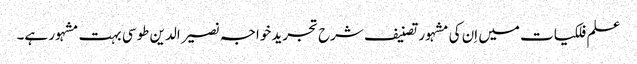
علم فلکیات میں اِن کی مشہور تصنیف شرح تجرید خواجہ نصیر الدین طوسی بہت مشہور ہے۔